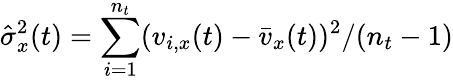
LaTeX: \hat{\sigma}_{x}^{2}(t)=\sum_{i=1}^{n_{t}}(v_{i,x}(t)-\bar{v}_{x}(t))^{2}/(n_{t}-1)